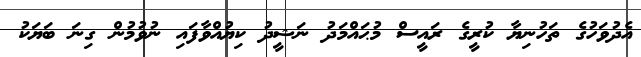
އެދުވަހުގެ ތަހުނިޔާ ކުރީގެ ރައީސް މުޙައްމަދު ނަޝީދު ކިޔުއްވާފައި ނުވުމުން ގިނަ ބަޔަކު